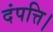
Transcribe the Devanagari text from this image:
दंपत्ति।